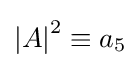
{\left\vert A\right\vert }^{2}\equiv a_{5}